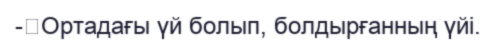
-	Ортадағы үй болып, болдырғанның үйі.